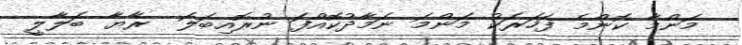
މަންމާ ކޮންމެ ފަހަރަކު މަންމަ ނަމާދުކޮއްފަ ނުރޮއިބަލަ  ރާޔާ ބަލާލީ